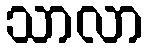
သာလာ